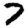
Digit: 7